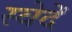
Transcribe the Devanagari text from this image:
स्वेदें